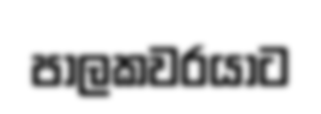
පාලකවරයාට